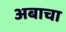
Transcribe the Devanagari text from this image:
अबाचा